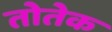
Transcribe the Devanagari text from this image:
तोतेक